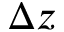
\Delta z